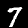
Label: 7